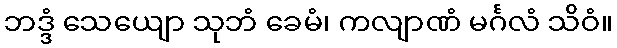
ဘဒ္ဒံ သေယျော သုဘံ ခေမံ၊ ကလျာဏံ မင်္ဂလံ သိဝံ။